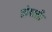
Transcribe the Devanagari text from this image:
तोषाली